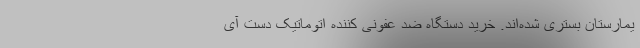
یمارستان بستری شده‌اند. خرید دستگاه ضد عفونی کننده اتوماتیک دست آی